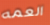
العمه